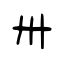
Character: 卅